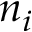
n _ { i }